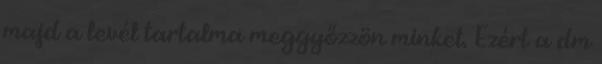
majd a levél tartalma meggyőzzön minket. Ezért a dm